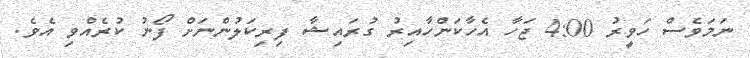
ނަމަވެސް ހަވީރު 4:00 ޖަހާ އެހާކަންހާއިރު ގުރައިޝާ ފިރިކަލުންނަށް ފޯނު ކުރެއްވި އެވެ.